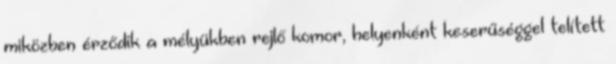
miközben érződik a mélyükben rejlő komor, helyenként keserűséggel telített